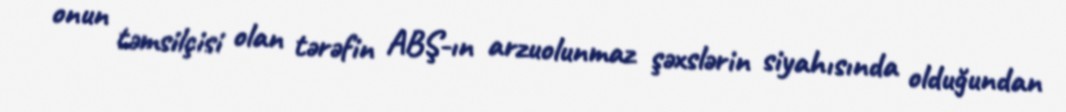
onun təmsilçisi olan tərəfin ABŞ-ın arzuolunmaz şəxslərin siyahısında olduğundan